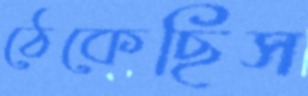
ঠেকেছিস